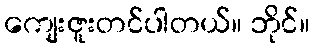
ကျေးဇူးတင်ပါတယ်။ ဘိုင်။